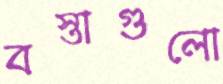
বস্তাগুলো